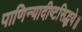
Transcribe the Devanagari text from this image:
पाणिन्यादीष्टसिद्धये॥